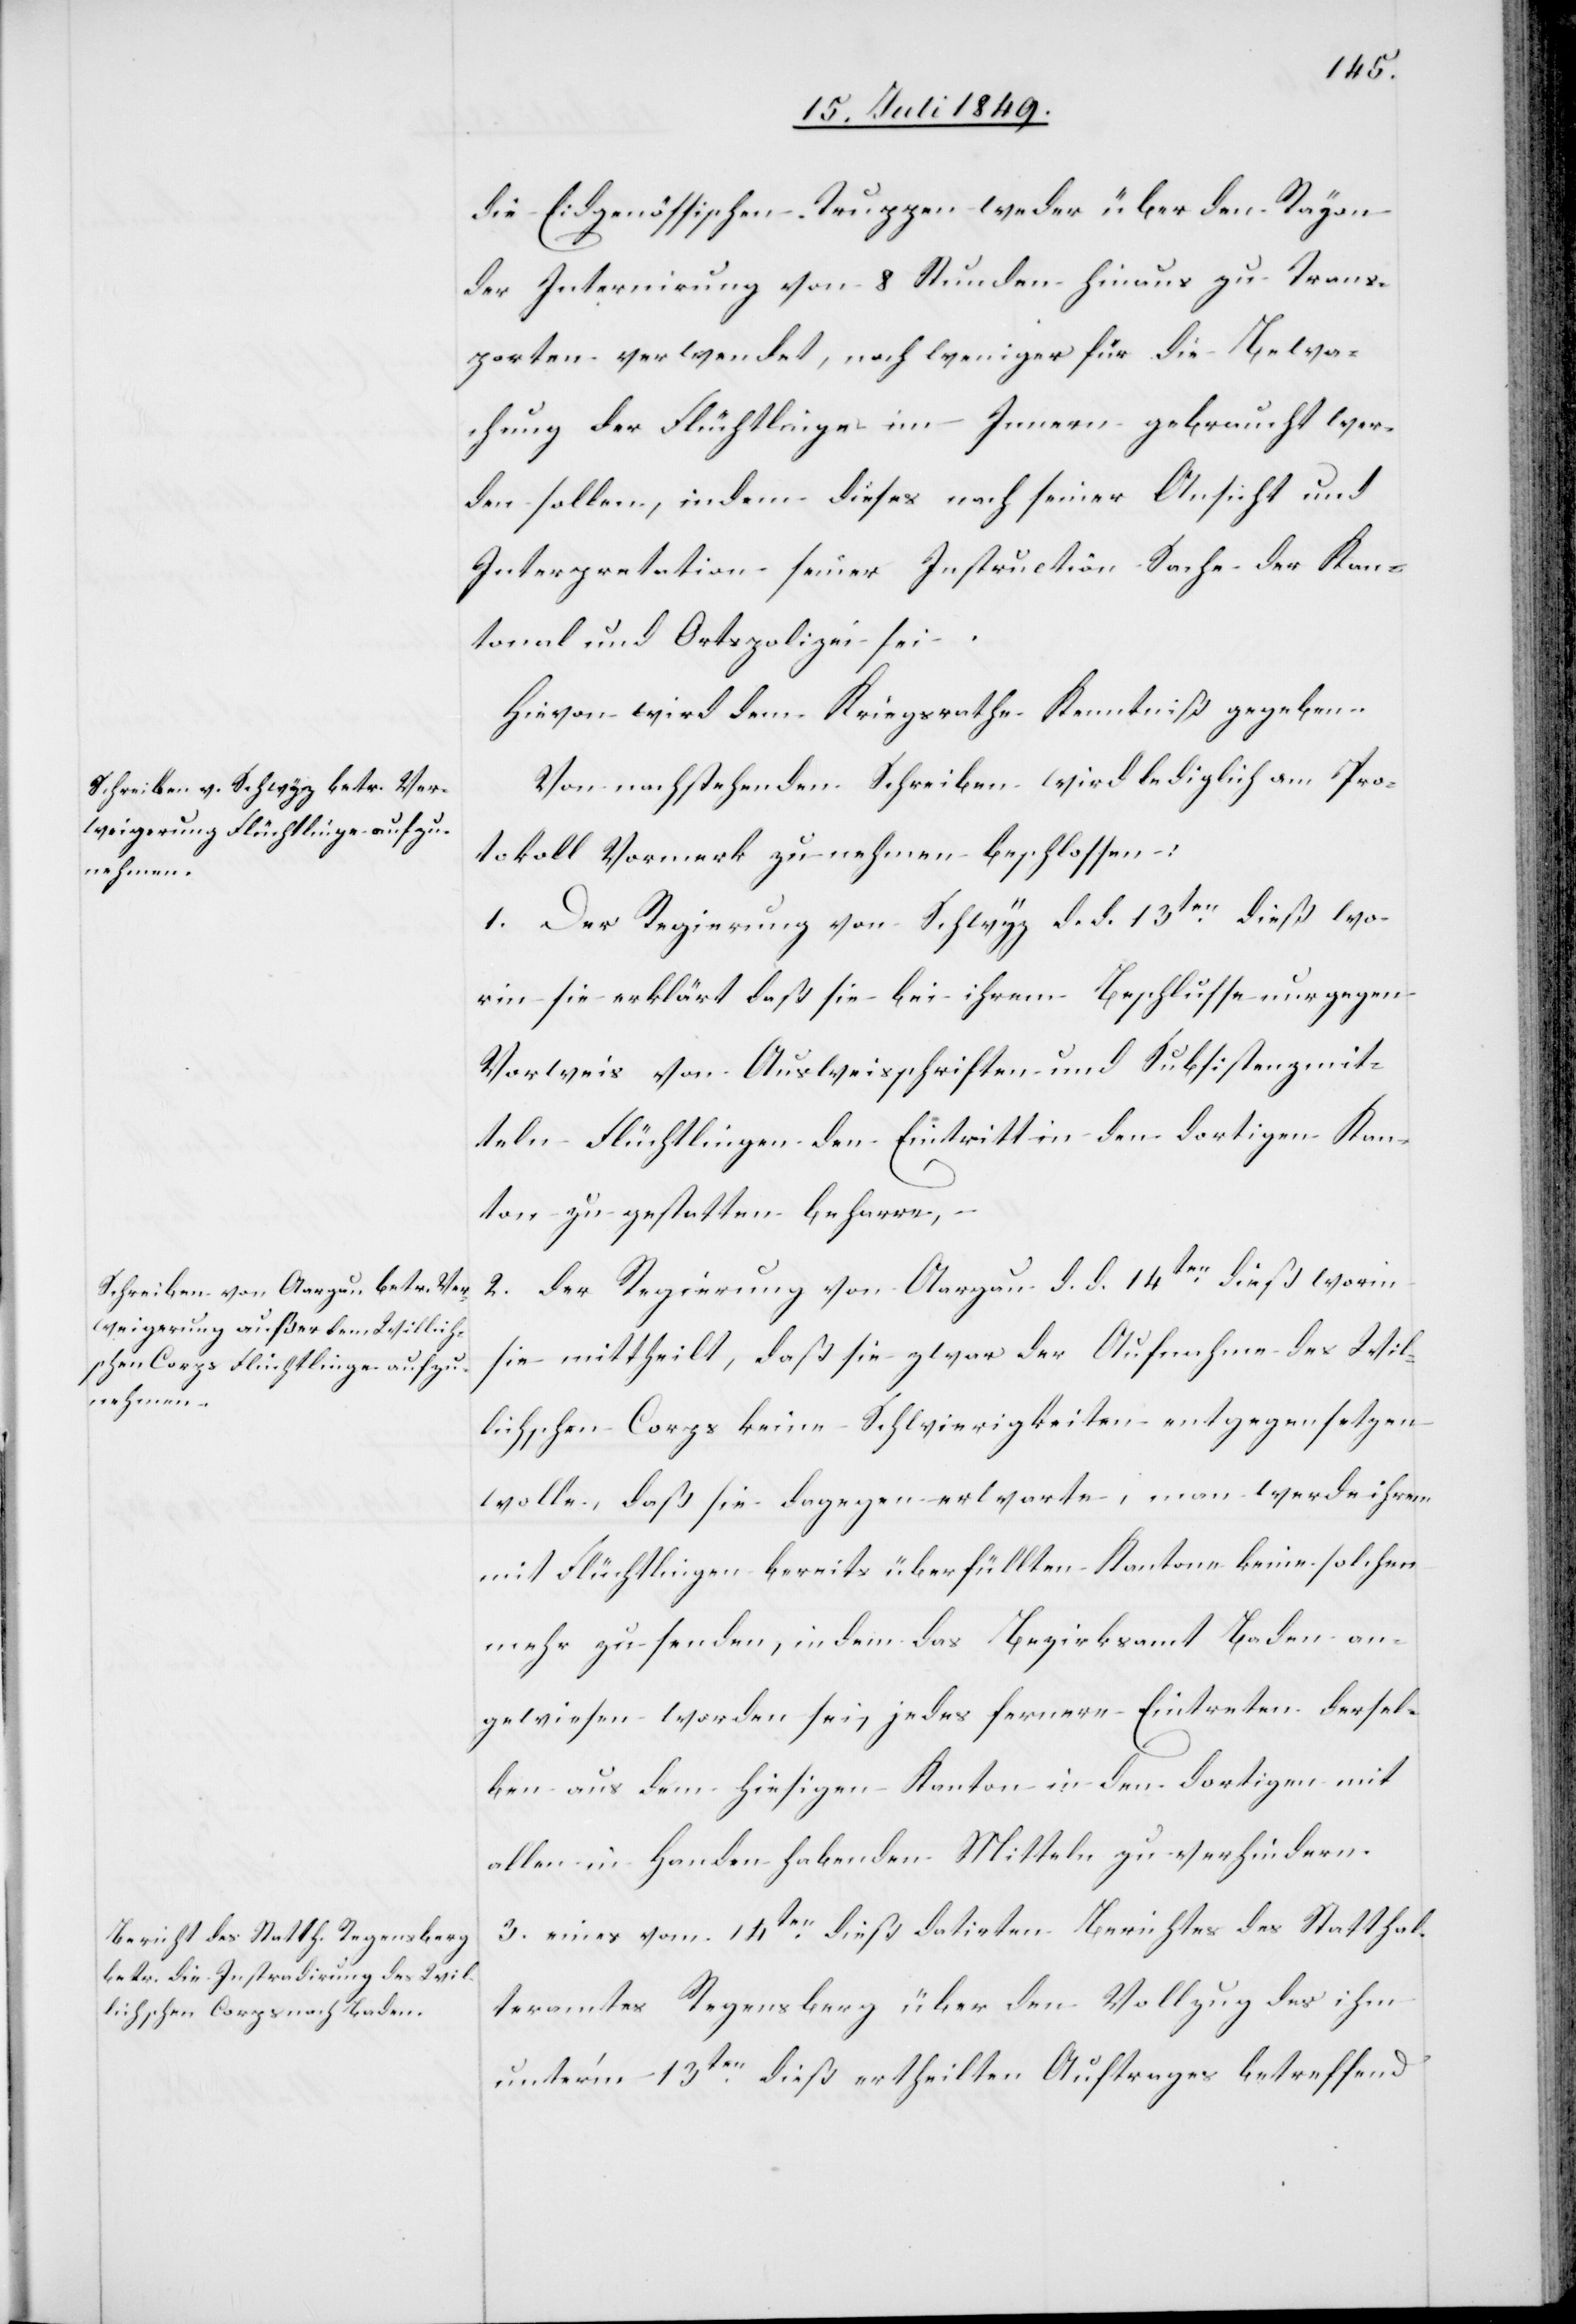
die Eidgenössischen Truppen weder über den Rayon
der Internirung von 8 Stunden hinaus zu Trans¬
porten verwendet, noch weniger für die Bewa¬
chung der Flüchtlinge im Innern gebraucht wer¬
den sollen, indem dieses nach seiner Ansicht und
Interpretation seiner Instruction Sache der Kan¬
tonal und Ortspolizei sei.
Hievon wird dem Kriegsrathe Kenntniß gegeben.
Von nachstehenden Schreiben wird lediglich am Pro¬
tokoll Vormerk zu nehmen beschlossen:
1. Der Regierung von Schwyz d. d. 13ten dieß wo¬
rin sie erklärt daß sie bei ihrem Beschluße nur gegen
Vorweis von Ausweisschriften und Subsistenzmit¬
teln Flüchtlingen den Eintritt in den dortigen Kan¬
ton zu gestatten beharre,
2. der Regierung von Aargau d. d. 14ten dieß worin
sie mittheilt, daß sie zwar der Aufnahme des Wil¬
lichschen Corps keine Schwierigkeiten entgegensetzen
wolle, daß sie dagegen erwarte, man werde ihren
mit Flüchtlingen bereits überfüllten Kantone keine solchen
mehr zu senden, indem das Bezirksamt Baden an¬
gewiesen worden sei, jedes fernere Eintreten dersel¬
ben aus dem hiesigen Kanton in den dortigen mit
allen in Handen habenden Mitteln zu verhindern.
3. eines vom 14ten dieß datirten Berichtes des Statthal¬
teramtes Regensberg über den Vollzug des ihm
unter’m 13ten dieß ertheilten Auftrages betreffend